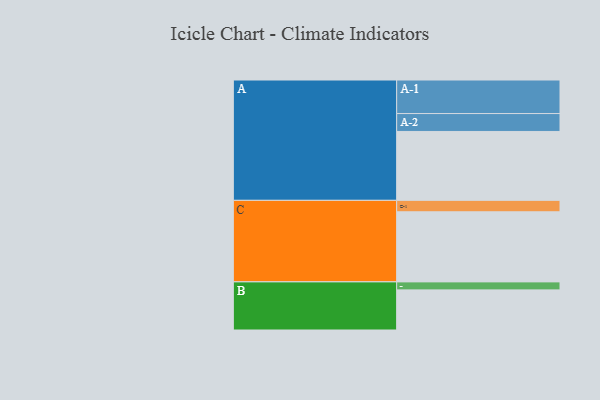
{"axis": {"x": "Segment", "y": "Value"}, "legend": ["", "A", "B", "C"], "data": [{"x": "A", "y": 577, "type": ""}, {"x": "B", "y": 336, "type": ""}, {"x": "C", "y": 587, "type": ""}, {"x": "A-1", "y": 281, "type": "A"}, {"x": "A-2", "y": 150, "type": "A"}, {"x": "B-1", "y": 67, "type": "B"}, {"x": "C-1", "y": 96, "type": "C"}]}